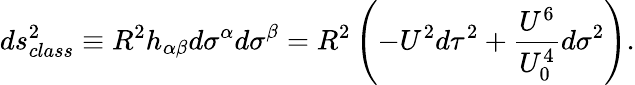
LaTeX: ds_{class}^{2}\equiv R^{2}h_{\alpha\beta}d\sigma^{\alpha}d\sigma^{\beta}=R^{2}\left(-U^{2}d\tau^{2}+\frac{U^{6}}{U_{0}^{4}}d\sigma^{2}\right).